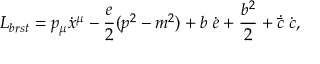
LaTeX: L _ { b r s t } = p _ { \mu } \dot { x } ^ { \mu } - \frac { e } { 2 } ( p ^ { 2 } - m ^ { 2 } ) + b \; \dot { e } + \frac { b ^ { 2 } } { 2 } + \dot { \bar { c } } \; \dot { c } ,